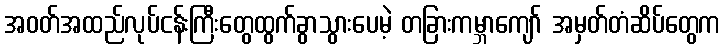
အဝတ်အထည်လုပ်ငန်းကြီးတွေထွက်ခွာသွားပေမဲ့ တခြားကမ္ဘာကျော် အမှတ်တံဆိပ်တွေက